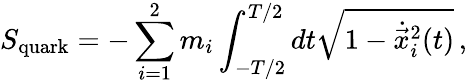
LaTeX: S_{\mathrm{quark}}=-\sum_{i=1}^{2}m_{i}\int_{-T/2}^{T/2}dt\sqrt{1-\dot{\vec{x}}_{i}^{2}(t)}\, ,